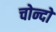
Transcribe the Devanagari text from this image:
चोन्दो